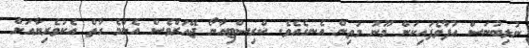
ނުލިބުނަސް އުފާވެފައިކަން މޫނު މަތިން އެނގެއެވެ. ކްރިސްޓިއާނޯ ޖޭއަރްވެސް އެންމެ ގާތް އެކުވެރިޔާއަށް